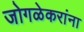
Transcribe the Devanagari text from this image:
जोगळेकरांना